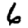
Digit: 6